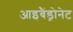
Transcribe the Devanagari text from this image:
आइबैंड्रोनेट